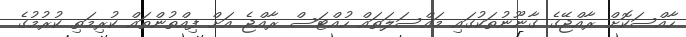
ހާއްސަކޮށް ރާއްޖޭގެ ގާނޫނުތަކުގައި މައްސަލަތައް ހުއްޓަސް ރާއްޖެ އަށް ފިއްތުންތައް ކުރިމަތި ކުރުމުގެ